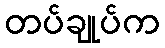
တပ်ချုပ်က